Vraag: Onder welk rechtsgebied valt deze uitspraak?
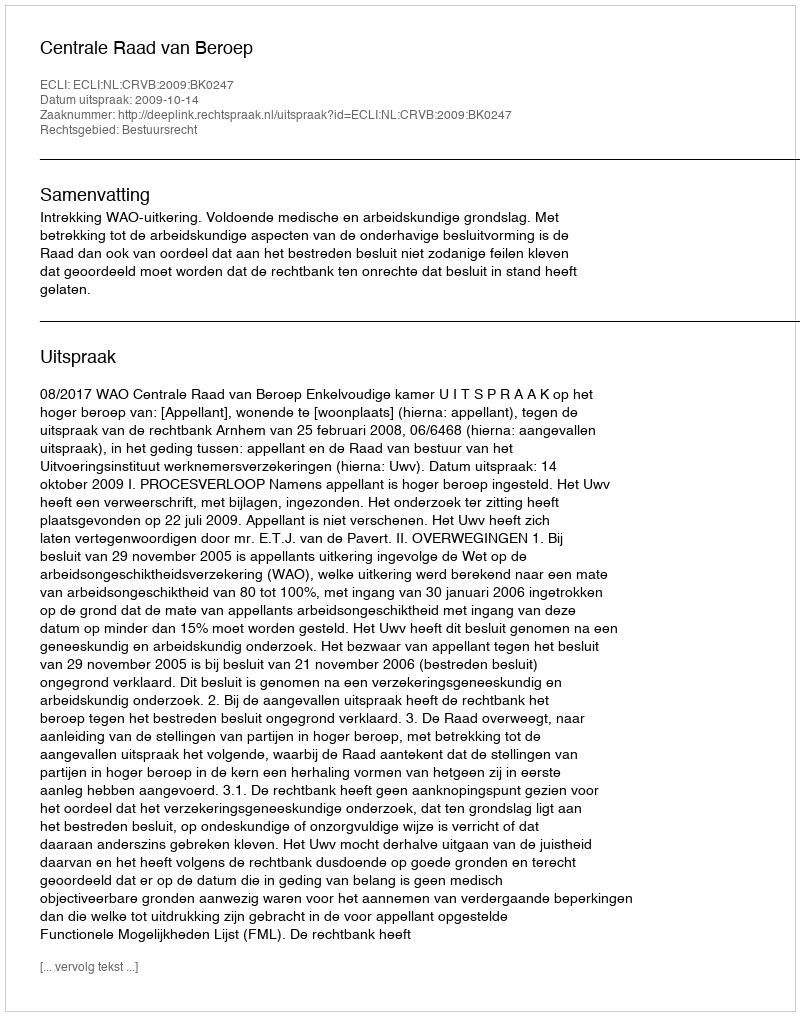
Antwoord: Bestuursrecht